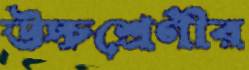
উচ্চশ্রেণীর